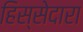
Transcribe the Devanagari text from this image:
हिस्सेदारा